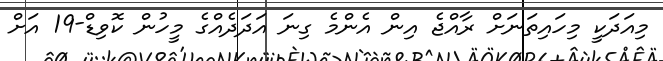
މިއަދަކީ މިހައިތަނަށް ރާއްޖެ އިން އެންމެ ގިނަ އަދަދެއްގެ މީހުން ކޮވިޑް-19 އަށް